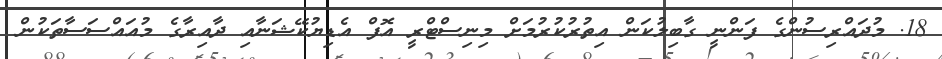
18. މުދައްރިސުންގެ ފަންނީ ގާބިލުކަން އިތުރުކުރުމަށް މިނިސްޓްރީ އޮފް އެޑިޔުކޭޝަނާއި ދާއިރާގެ މުއައްސަސާތަކުން